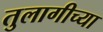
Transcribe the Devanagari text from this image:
तुलागीच्या